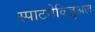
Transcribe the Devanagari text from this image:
स्पाटनेविज़ुअल